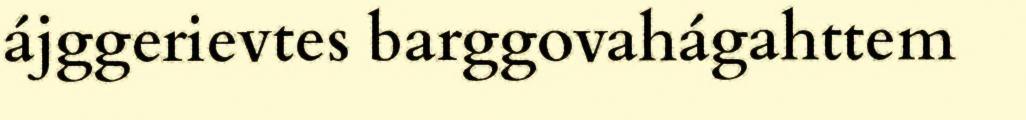
ájggerievtes barggovahágahttem